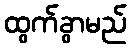
ထွက်ခွာမည်